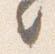
之